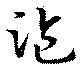
盜